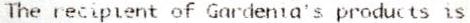
THE RECIPIENT OF GARDENIA'S PRODUCTS IS